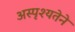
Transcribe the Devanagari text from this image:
अस्पृश्यतेने